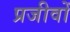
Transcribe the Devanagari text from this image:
प्रजीवों